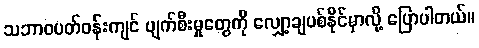
သဘာဝပတ်ဝန်းကျင် ပျက်စီးမှုတွေကို လျှော့ချပစ်နိုင်မှာလို့ ပြောပါတယ်။